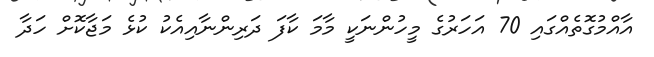
އާއްމުގޮތެއްގައި 70 އަހަރުގެ މީހުންނަކީ މާމަ ކާފަ ދަރިންނާއިއެކު ކުޅެ މަޖާކޮށް ހަދާ